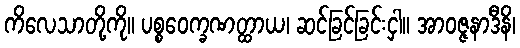
ကိလေသာတို့ကို။ ပစ္စဝေက္ခဏတ္ထာယ၊ ဆင်ခြင်ခြင်းငှါ။ အာဝဇ္ဇနာဒီနိ၊